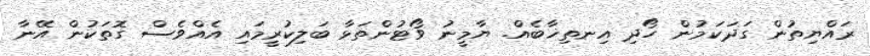
ރައްޔިތުން ގަދަކަމުން ހޯދި އިނތިޚާބެއް. ޔާމީނު ވޯޓުންތަޅާ ބަލިކުރީމައި އެއްވެސް ގޮތަކުން އޭނާ